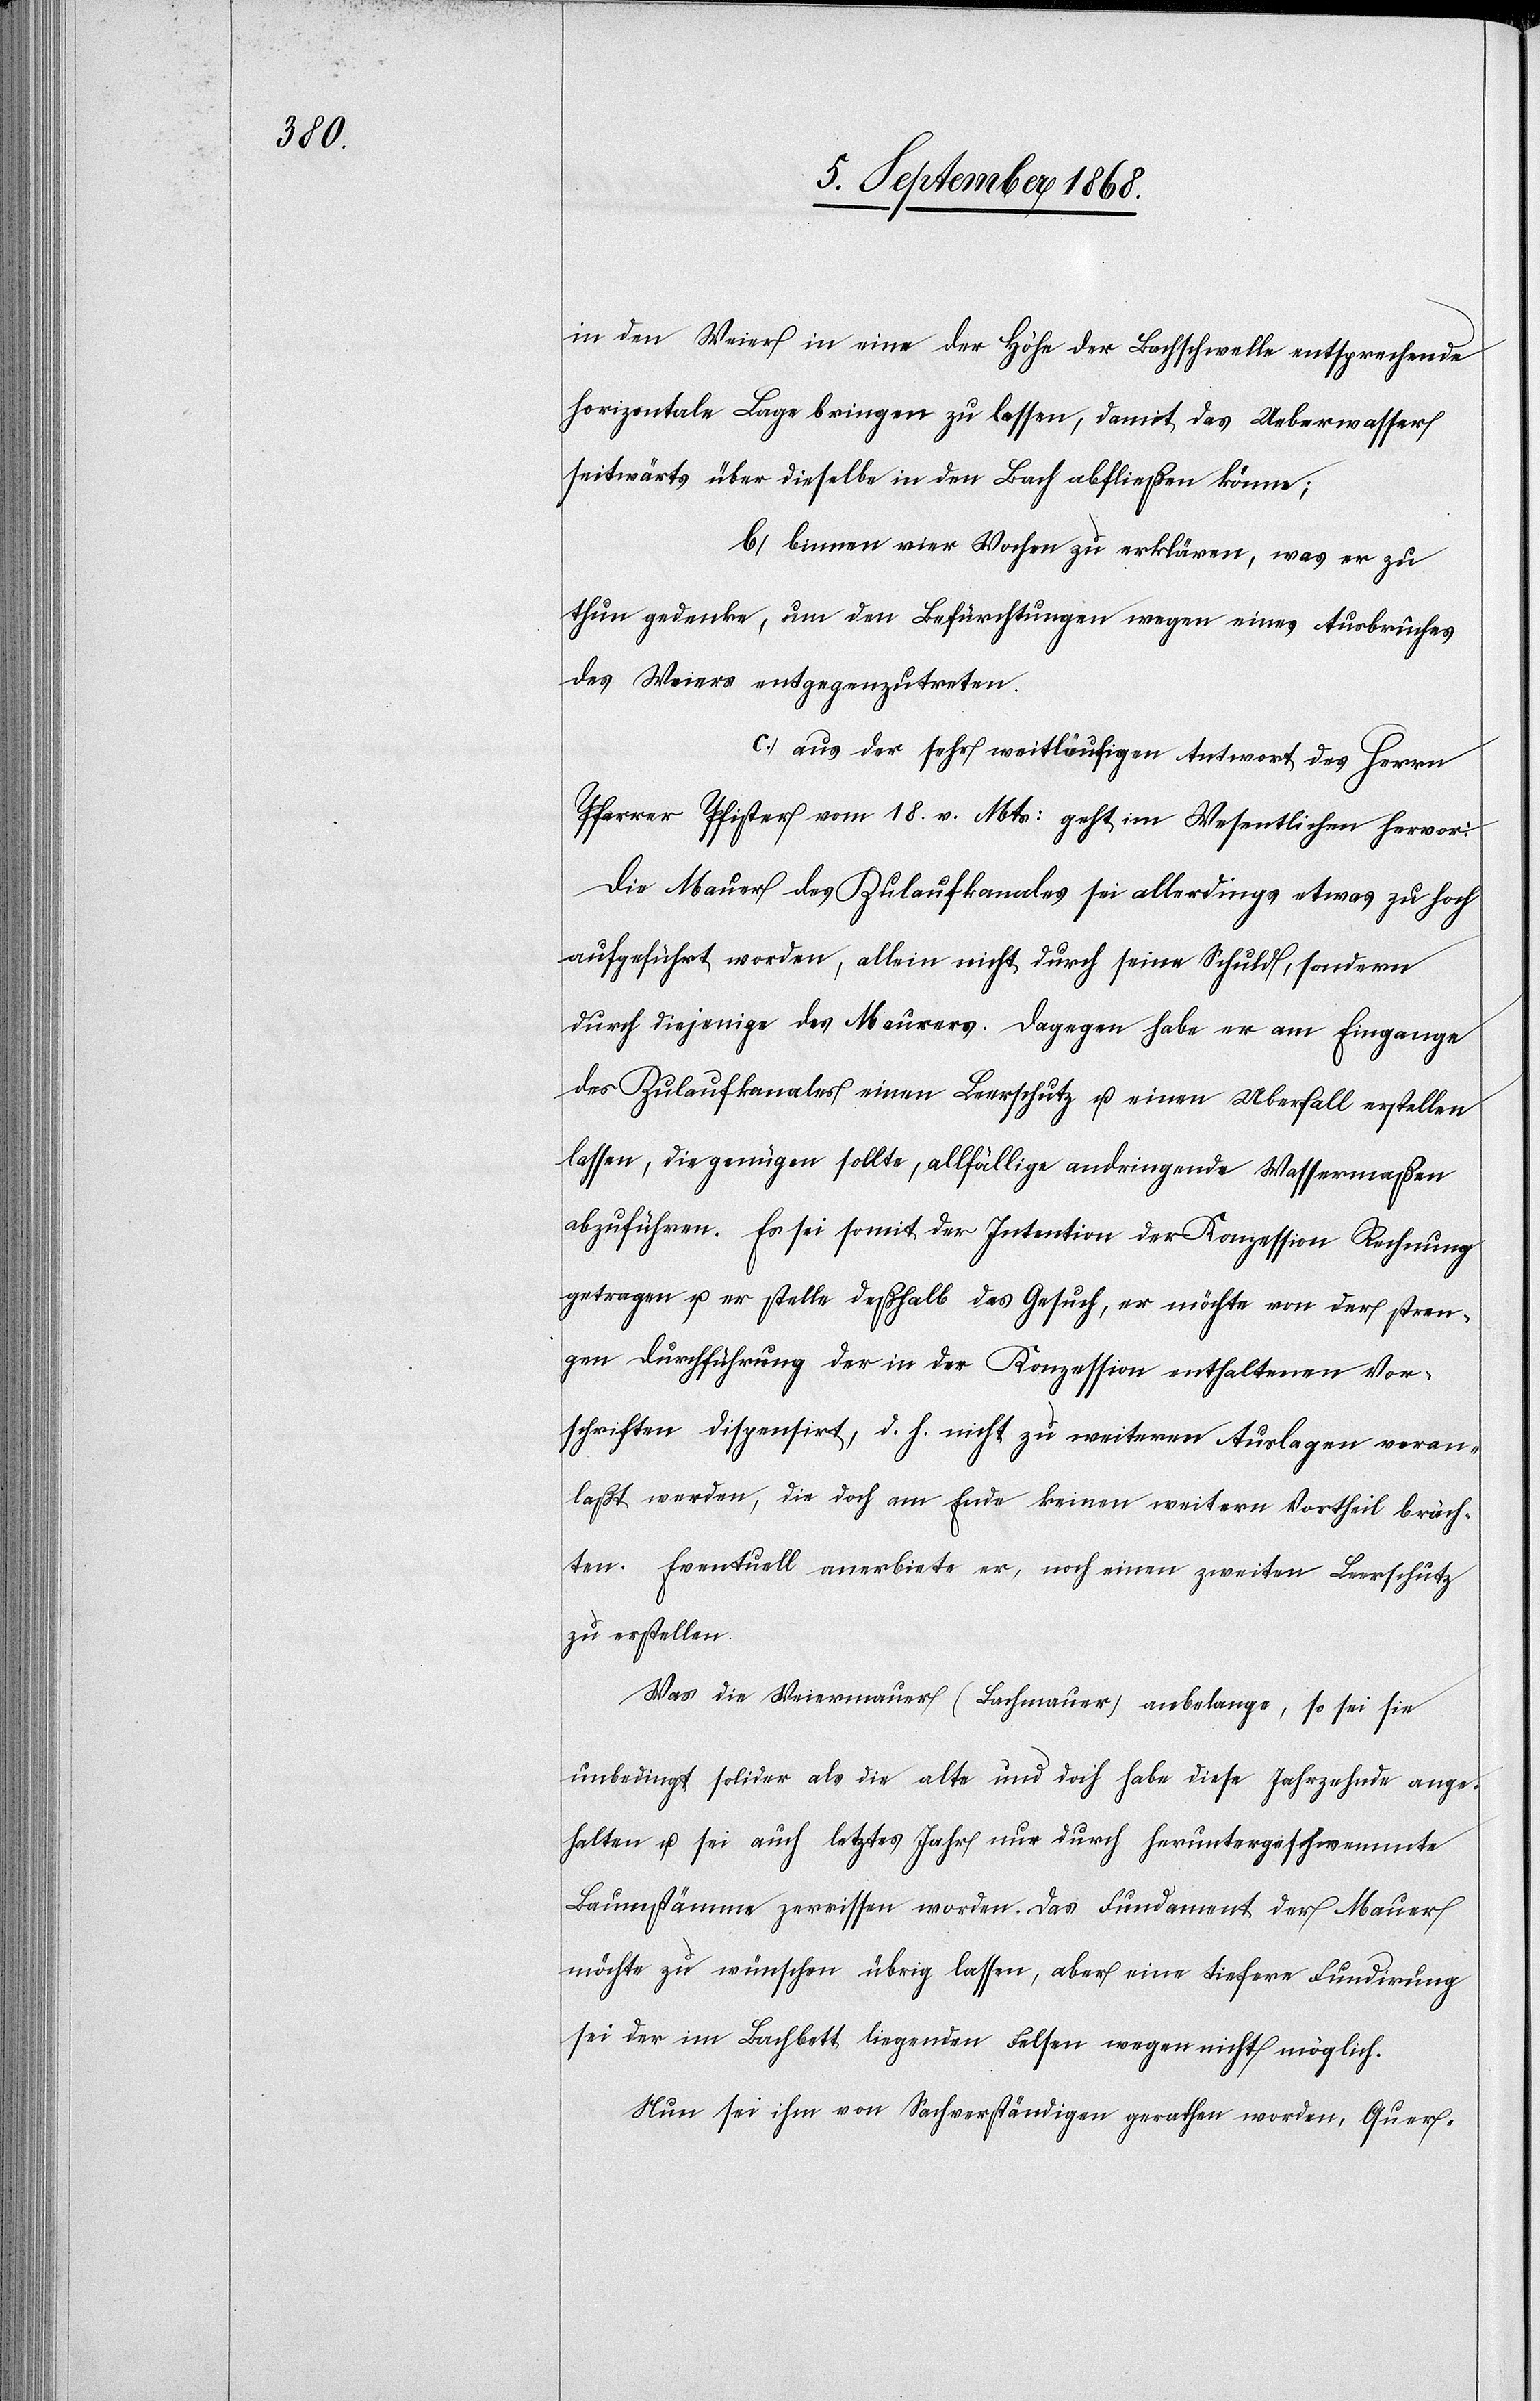
in den Weier in eine der Höhe der Bachschwelle entsprechende
horizontale Lage bringen zu lassen, damit das Ueberwasser
seitwärts über dieselbe in den Bach abfließen könne;
b.) binnen vier Wochen zu erklären, was er zu
thun gedenke, um den Befürchtungen wegen eines Ausbruches
des Weiers entgegenzutreten.
c.) aus der sehr weitläufigen Antwort des Herrn
Pfarrer Pfister vom 18. v. Mts: geht im Wesentlichen hervor:
Dia Mauer des Zulaufkanales sei allerdings etwas zu hoch
aufgeführt worden, allein nicht durch seine Schuld, sondern
durch diejenige des Maurers. Dagegen habe er am Eingange
des Zulaufkanales einen Leerschutz u. einen U[e]berfall erstellen
lassen, die genügen sollte[n], allfällige andringende Wassermaßen
abzuführen. Es sei somit der Intention der Konzession Rechnung
getragen u. er stelle deßhalb das Gesuch, er möchte von der stren¬
gen Durchführung der in der Konzession enthaltenen Vor¬
schriften dispensirt, d. h. nicht zu weiteren Auslagen veran¬
laßt werden, die doch am Ende keinen weitern Vortheil bräch¬
ten. Eventuell anerbiete er, noch einen zweiten Leerschutz
zu erstellen.
Was die Weiermauer (Bachmauer) anbelange, so sei sie
unbedingt solider als die alte und doch habe diese Jahrzehnde ange¬
halten u. sei auch letztes Jahr nur durch heruntergeschwemmte
Baumstämme zerrissen worden. Das Fundament der Mauer
möchte zu wünschen übrig lassen, aber eine tiefere Fundirung
sei der im Bachbett liegenden Felsen wegen nicht möglich.
Nun sei ihm von Sachverständigen gerathen worden, Quer-